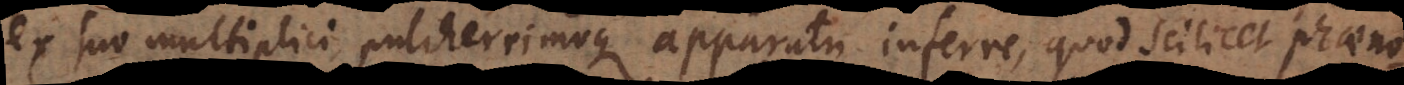
ex suo multiplici pulcherrimoque apparatu inferre, quod scilicet phaeno